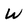
Character: W